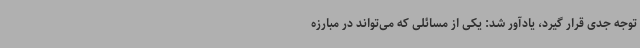
توجه جدی قرار گیرد، یادآور شد: یکی از مسائلی که می‌تواند در مبارزه